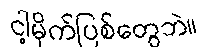
ငါ့မိုက်ပြစ်တွေဘဲ။